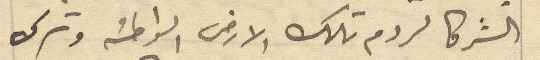
الشركا لردم تلك الأرض الواطئة وترك